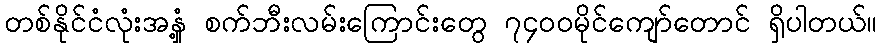
တစ်နိုင်ငံလုံးအနှံ့ စက်ဘီးလမ်းကြောင်းတွေ ၇၄၀၀မိုင်ကျော်တောင် ရှိပါတယ်။